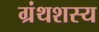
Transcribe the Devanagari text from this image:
ग्रंथशस्य